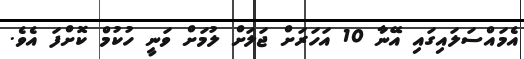
އެމައްސަލައިގައި އޭނާ 10 އަހަރަށް ޖަލަށް ލުމަށް ވަނީ ހުކުމް ކޮށްފަ އެވެ.